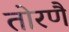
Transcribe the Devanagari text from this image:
तोरणै